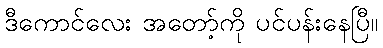
ဒီကောင်လေး အတော့်ကို ပင်ပန်းနေပြီ။